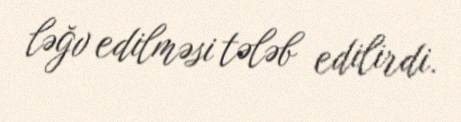
ləğv edilməsi tələb edilirdi.